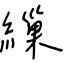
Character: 繅